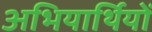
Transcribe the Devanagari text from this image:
अभियार्थियों